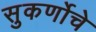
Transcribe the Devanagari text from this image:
सुकर्णोचे